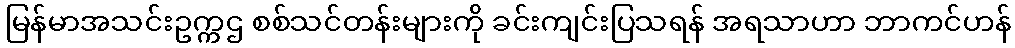
မြန်မာအသင်းဥက္ကဌ စစ်သင်တန်းများကို ခင်းကျင်းပြသရန် အရသာဟာ ဘာကင်ဟန်